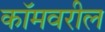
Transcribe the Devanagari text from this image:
कॉमवरील